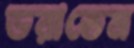
ডরাতেম